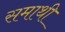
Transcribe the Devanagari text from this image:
समाथी